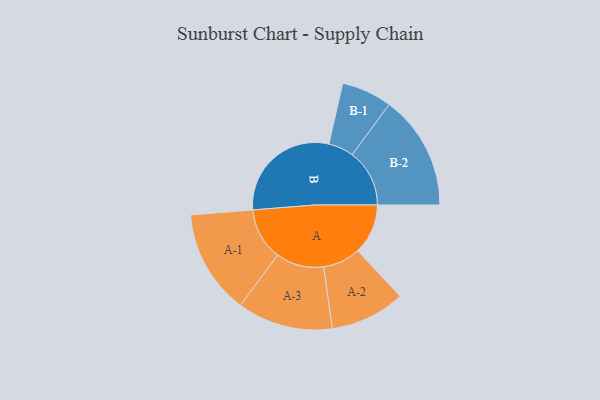
{"axis": {"x": "Segment", "y": "Value"}, "legend": ["", "A", "B"], "data": [{"x": "A", "y": 205, "type": ""}, {"x": "B", "y": 469, "type": ""}, {"x": "A-1", "y": 213, "type": "A"}, {"x": "A-2", "y": 153, "type": "A"}, {"x": "A-3", "y": 195, "type": "A"}, {"x": "B-1", "y": 103, "type": "B"}, {"x": "B-2", "y": 234, "type": "B"}]}